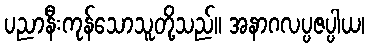
ပညာနီးကုန်သောသူတို့သည်။ အနာဂလပ္ပဇပ္ပါယ၊